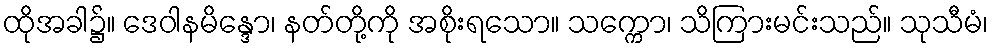
ထိုအခါ၌။ ဒေဝါနမိန္ဒော၊ နတ်တို့ကို အစိုးရသော။ သက္ကော၊ သိကြားမင်းသည်။ သုသီမံ၊